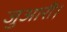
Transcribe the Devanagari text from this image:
जुआरी।